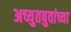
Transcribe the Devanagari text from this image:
अच्युतबुवांच्या